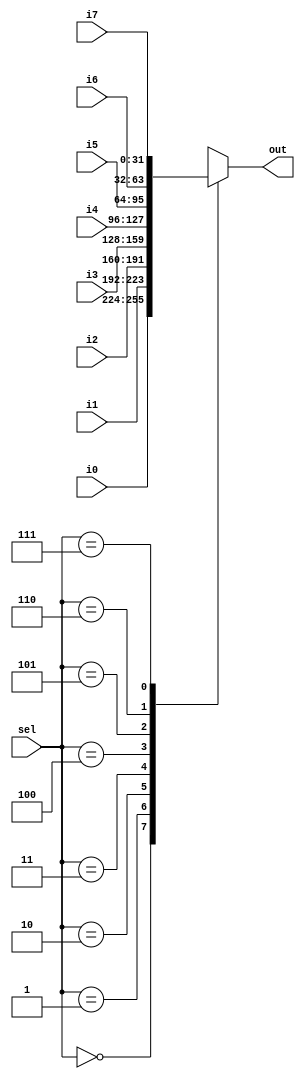
module mux_8to1 (sel, i0, i1, i2, i3, i4, i5, i6, i7, out);
 
	input [2:0] sel; // select
	input [31:0] i0, i1, i2, i3, i4, i5, i6, i7;// each input
	output reg [31:0] out; //output
	
	always @ (sel, i0, i1, i2, i3, i4, i5, i6, i7) begin
	
	case(sel)
	
		3'd0: out <= i0;
		3'd1: out <= i1;
		3'd2: out <= i2;
		3'd3: out <= i3;
		3'd4: out <= i4;
		3'd5: out <= i5;
		3'd6: out <= i6;
		3'd7: out <= i7;
	endcase
end
endmodule